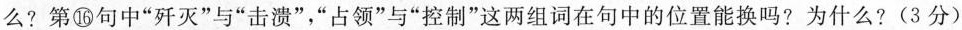
么?第⑯句中”歼灭”与”击溃”，”占领”与”控制”这两组词在句中的位置能换吗?为什么?(3分)